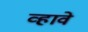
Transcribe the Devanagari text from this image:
व्‍हावे